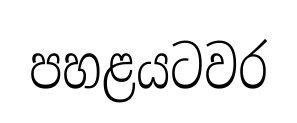
පහළයටවර